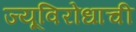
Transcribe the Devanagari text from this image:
ज्यूविरोधाची